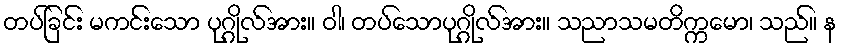
တပ်ခြင်း မကင်းသော ပုဂ္ဂိုလ်အား။ ဝါ၊ တပ်သောပုဂ္ဂိုလ်အား။ သညာသမတိက္ကမော၊ သည်။ န